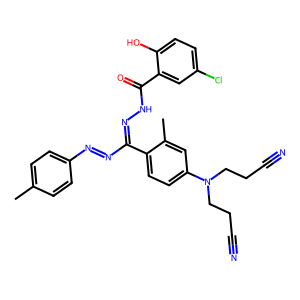
SMILES: Cc1ccc(N=NC(=NNC(=O)c2cc(Cl)ccc2O)c2ccc(N(CCC#N)CCC#N)cc2C)cc1
Inhibits HIV replication: No